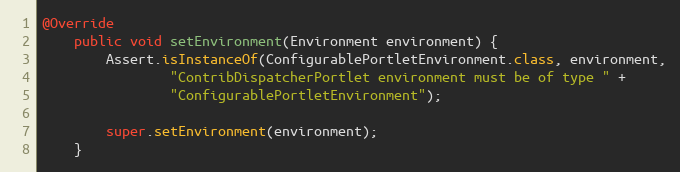
Language: Java
@Override
    public void setEnvironment(Environment environment) {
        Assert.isInstanceOf(ConfigurablePortletEnvironment.class, environment,
                "ContribDispatcherPortlet environment must be of type " +
                "ConfigurablePortletEnvironment");

        super.setEnvironment(environment);
    }